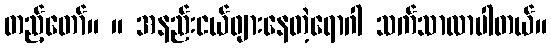
တည့်တော်။ ။ အနည်းငယ်ဖျားနေတဲ့ရောဂါ သက်သာလာပါတယ်။